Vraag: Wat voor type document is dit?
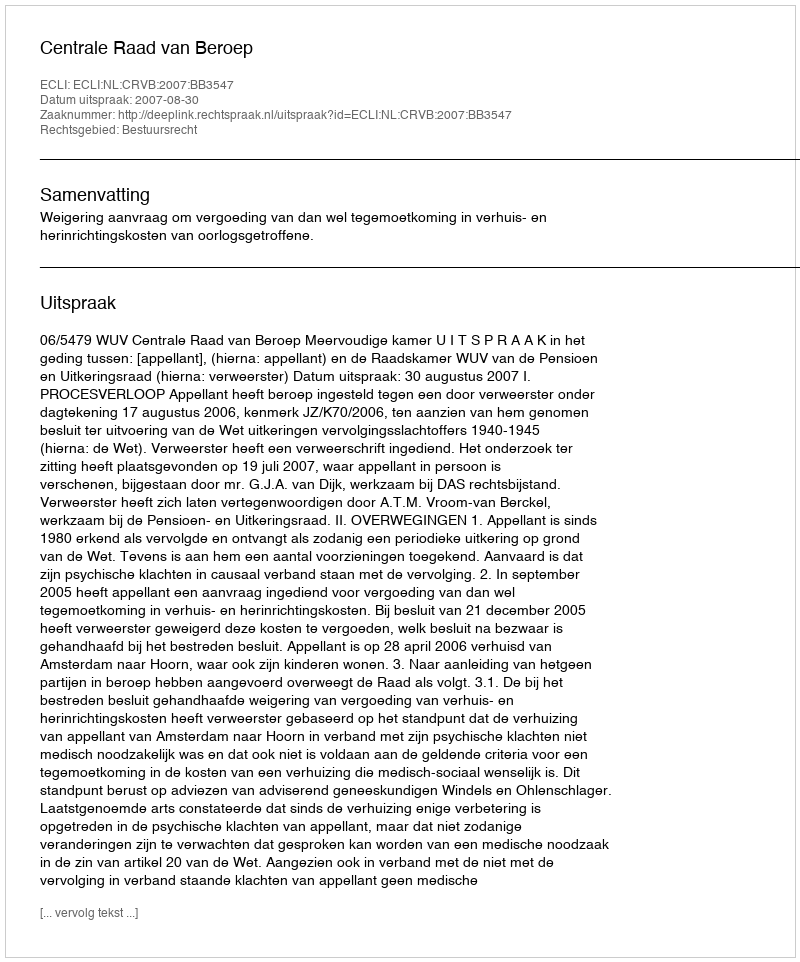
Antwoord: Uitspraak